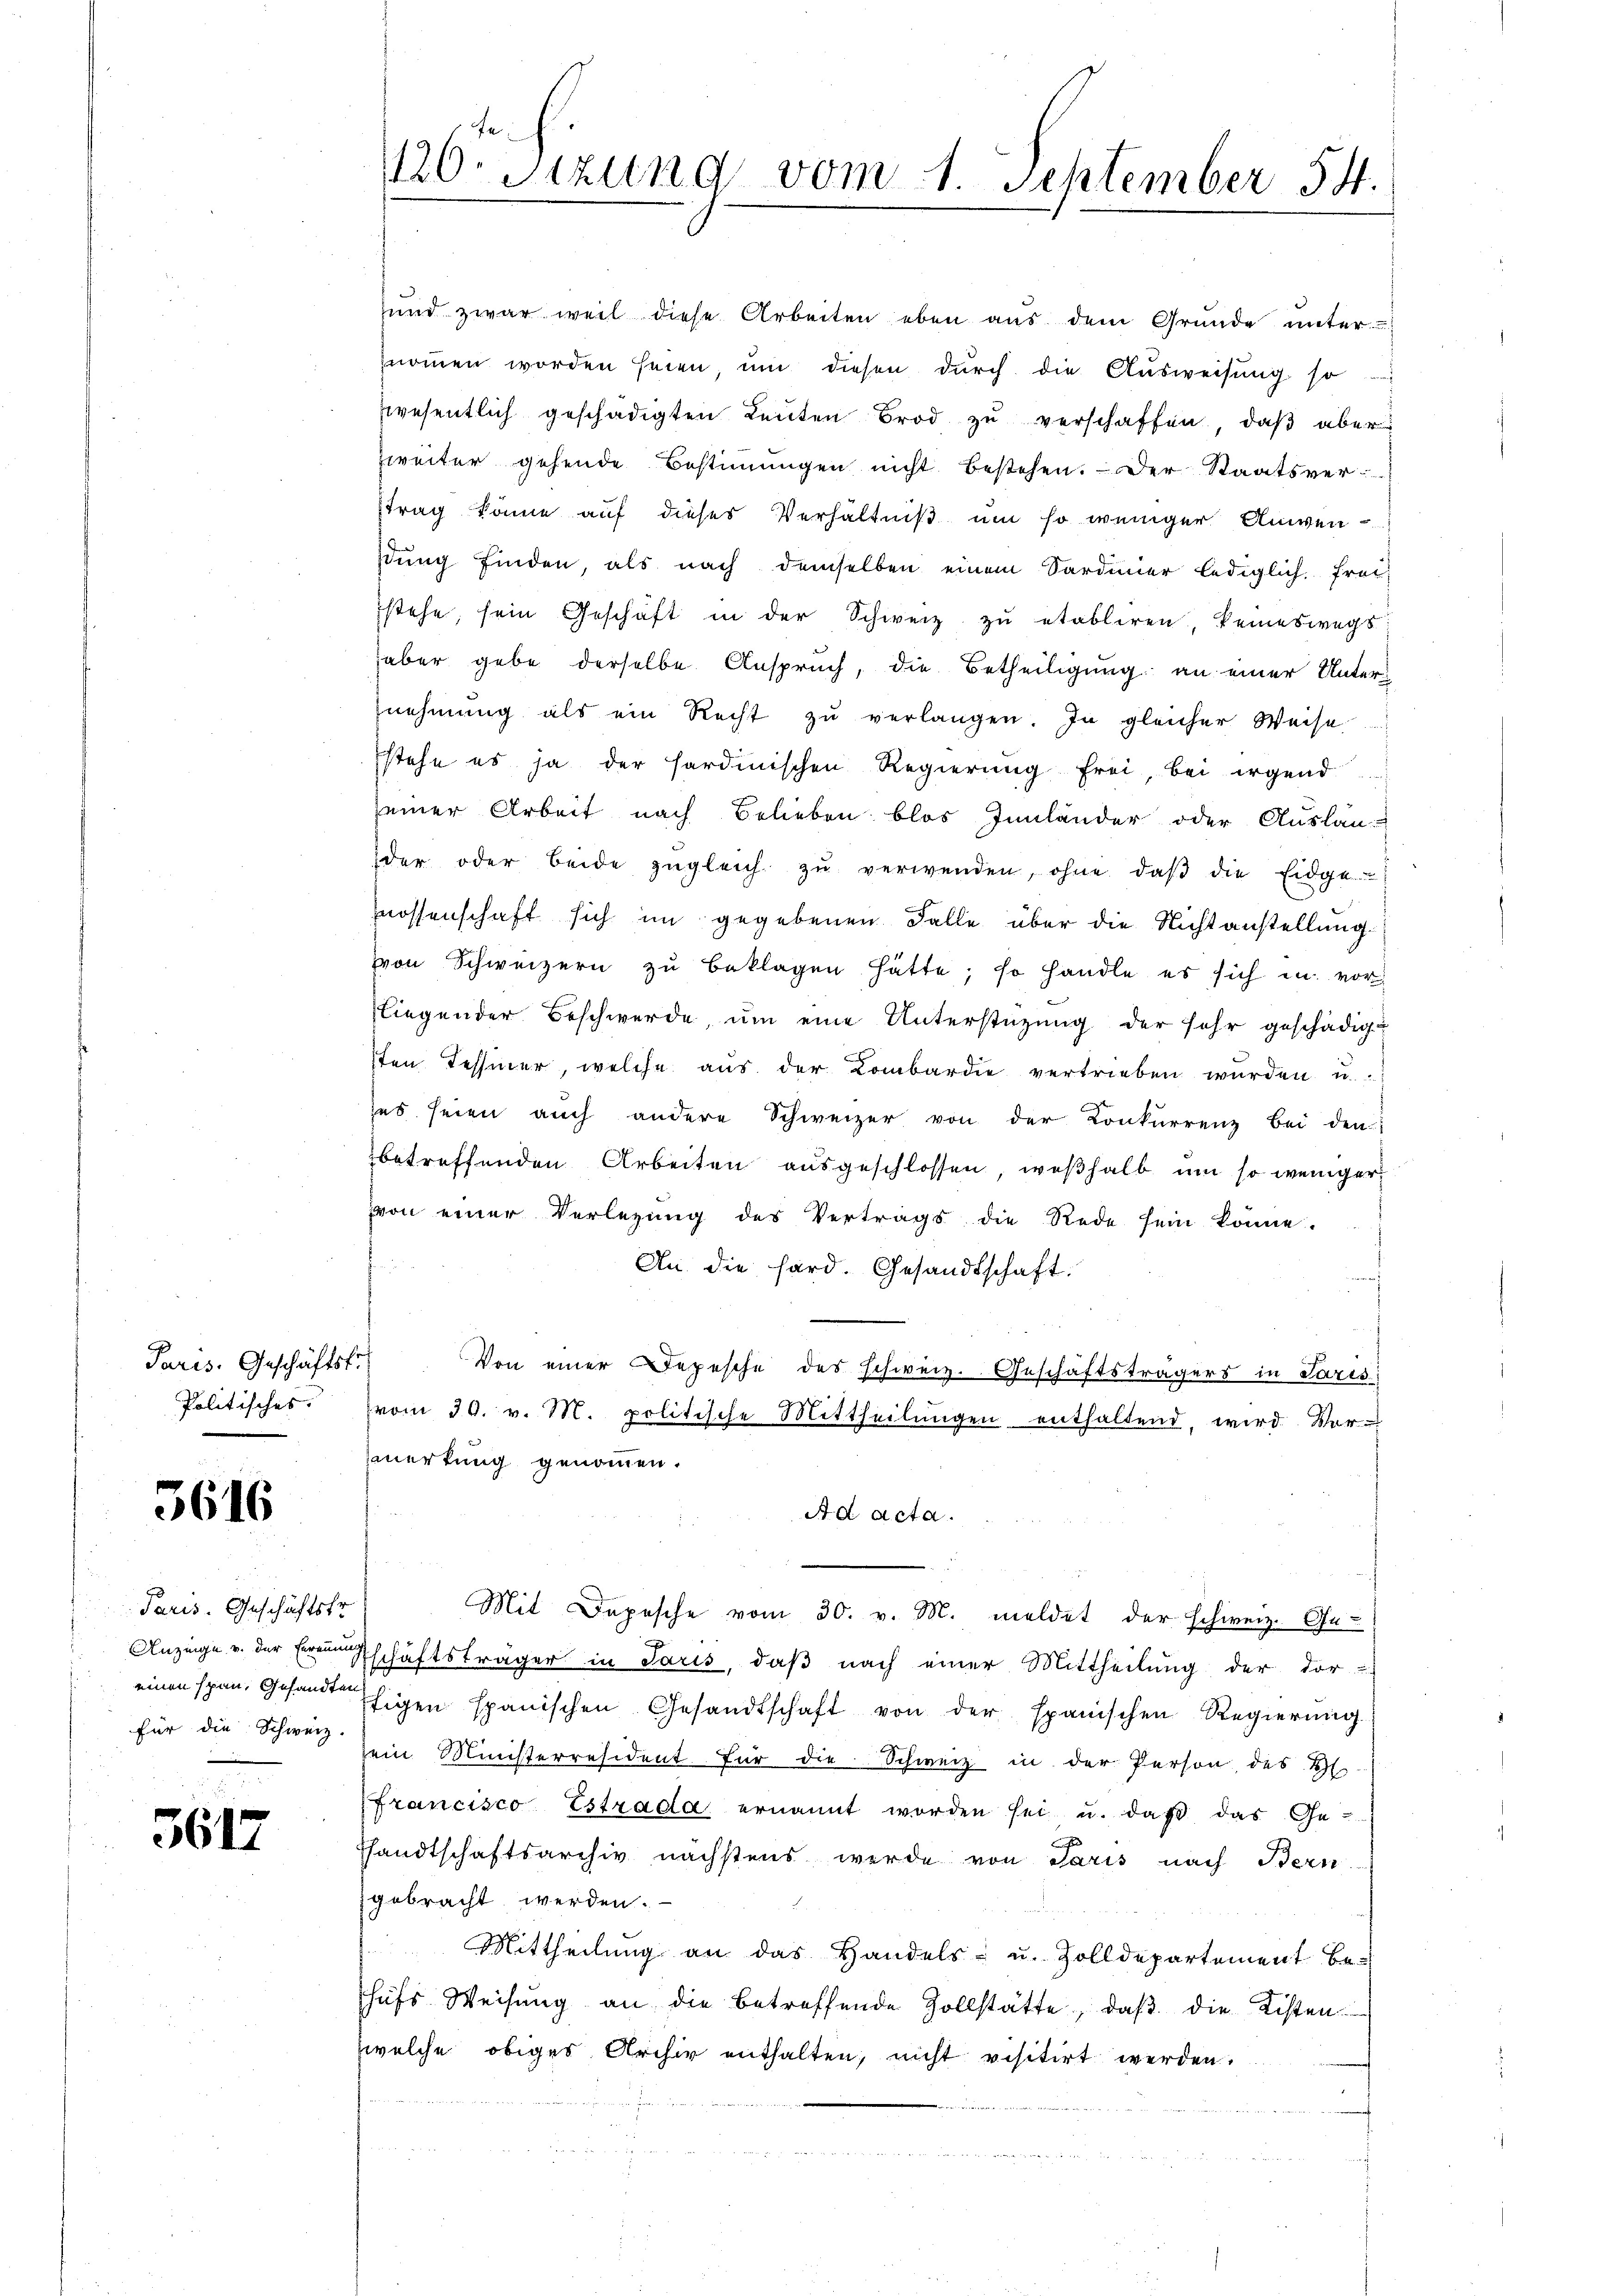
Paris. Geschäftst
Politisches.

5616

Paris. Geschäftsfr.
Auzinge u. der Herein
einen span, Gesandten
für die Schweiz.

3617

1120. Sitzung vom 1. September 54.

und zwar weil diese Arbeiten eben aus dem Gründe unter
nommen worden seien, um diesen durch die Ausweisung so
zwesentlich geschädigten Leuten Brod zu verschaffen, daβ aber
Zweiter gehende Bestimmigen nicht bestehen. Der Staatsver-
strag könne auf dieser Verhältniß um so weniger Anwenstung finden, als nach demselben einem Sardinier lediglich Frei-
stehe, sein Geschäft in der Schweiz zu etabliren, keineswegs
haber gebe derselbe Anspruch, die Betheiligung an einer Unternehmung als ein Recht zu verlangen. In gleicher Weise
stehe es ja der sardinischen Regierung frei, bei irgend
seiner Arbeit nach Belieben blos Innländer oder Auslan-
der oder beide zŭgleich zŭ verwenden, ohne daβ die Eidge-
nossenschaft sich im gegebenen Falle über die Nichtanstellung.
von Schweizern zu beklagen hätte; so handle es sich in vorliegender Beschwerde, um eine Unterstützung der sehr geschädigu
schen Tessiner, welche aus der Kombardie vertrieben würden u.
ses seien aŭch andere Schweizer von der Konkurrenz bei den
betreffenden Arbeiten ausgeschlossen, weßhalb um so weniger
von einer Verlegŭng des Vertrags die Rede sein könne.
An die hard. Gesandtschaft.
Von einer Depesche des schweiz. Geschäftsträgers in Paris
vom 30. v. M. politische Mittheilŭngen enthaltend, wird Vor-
merkung genommen.
Ad acta.
Mit Depesche vom 30. v. M. meldet der schweiz. Ge-
Eschäftsträger in Paris, daß nach einer Mittheilung der dor-
thigen spanischen Gesandtschaft von der spanischen Regierŭng
sein Ministerresident für die Schweiz in der Person des H
Francisco Estrada, ernannt worden sei u. daß das Ge-
sandtschaftsarchiv nächstens werde von Paris nach Bern
gebracht werden.
Mittheilŭng an das Handels- u. Zolldepartement be-
hufs Weisung an die betreffende Zollstätte, daβ die Kisten-
welche obiges Archiv enthalten, nicht visitirt werden.